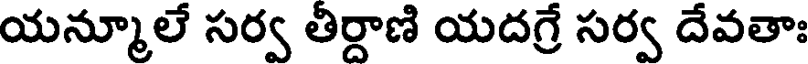
యన్మూలే సర్వ తిర్దాణి యదగ్రే సర్వ దేవతాః